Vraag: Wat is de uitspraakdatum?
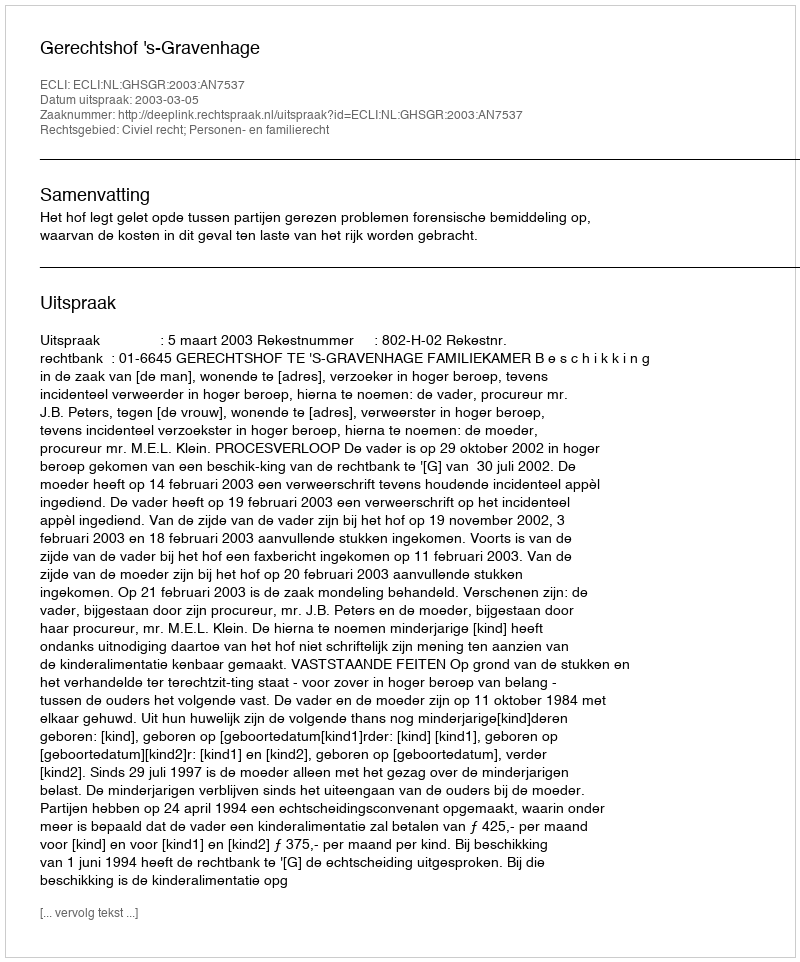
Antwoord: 2003-03-05